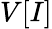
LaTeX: V[I]